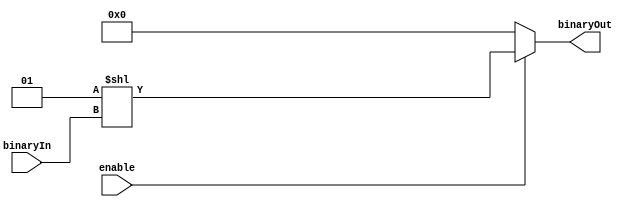
module decoder_assign(
    input wire[3:0] binaryIn,
    input wire enable,
    output wire[15:0] binaryOut
);
    assign binaryOut = enable ? (1<<binaryIn) : 0;

endmodule